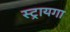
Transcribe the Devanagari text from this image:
स्ट्रायगा